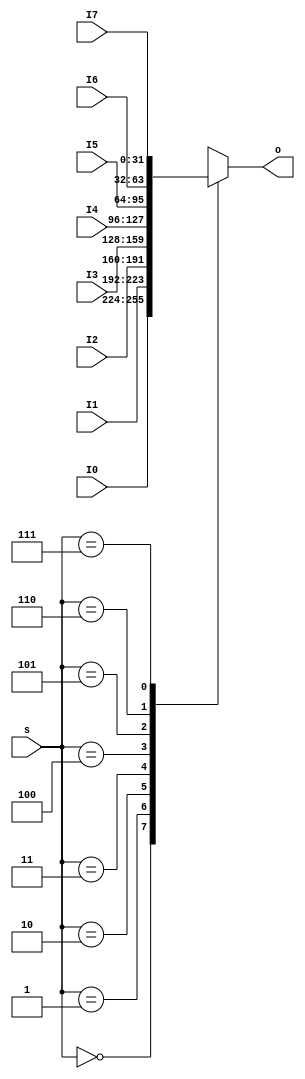
//*  Created Date: 2020-03-02
//*  copyright (c): Raymond Rhino 
//*  Module Description:
//*    32-bit 8T1 Multiplex
module MUX8T1_32(
	input [2:0] s,
	input [31:0] I0, I1, I2, I3, I4, I5, I6, I7,
	output reg [31:0] o
    );
	
always@(*) begin
	case(s)
		3'b000:o=I0;
		3'b001:o=I1;
		3'b010:o=I2;
		3'b011:o=I3;
		3'b100:o=I4;
		3'b101:o=I5;
		3'b110:o=I6;
		3'b111:o=I7;
	endcase
end
endmodule // MUX